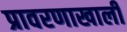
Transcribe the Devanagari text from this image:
प्रावरणाखाली